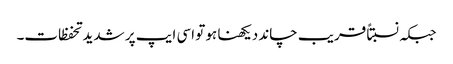
جبکہ نسبتاً قریب چاند دیکھنا ہو تو اسی ایپ پر شدید تحفظات۔